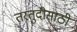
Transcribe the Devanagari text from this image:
तरतुदीसाठी